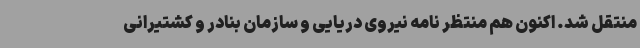
منتقل شد. اکنون هم منتظر نامه نیروی دریایی و سازمان بنادر و کشتیرانی